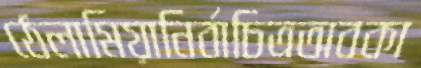
ঠেলামিয়ানির্বাচিত্রঅবকা